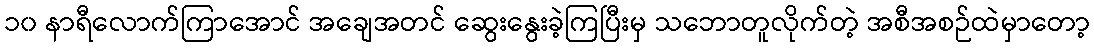
၁၀ နာရီလောက်ကြာအောင် အချေအတင် ဆွေးနွေးခဲ့ကြပြီးမှ သဘောတူလိုက်တဲ့ အစီအစဉ်ထဲမှာတော့